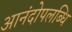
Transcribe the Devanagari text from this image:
आनंदोपलब्धि